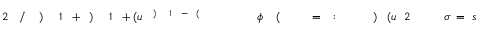
s \! \! \! \! \! \! \! \! \! \! \! \! = \! \! \! \! \! \! \! \! \! \! \! \! \sigma \! \! \! \! \! \! \! \! \! \! \! \! _ { \! } \! \! \! \! \! \! \! \! \! \! \! 2 \! \! \! \! \! \! \! \! \! \! \! \! ( u \! \! \! \! \! \! \! \! \! \! \! \! ) \! \! \! \! \! \! \! \! \! \! \! \! \! \! \! \! \! \! \! \! \! \! \! \! : \! \! \! \! \! \! \! \! \! \! \! \! = \! \! \! \! \! \! \! \! \! \! \! \! \! \! \! \! \! \! \! \! \! \! \! \! ( \! \! \! \! \! \! \! \! \! \! \! \! \phi \! \! \! \! \! \! \! \! \! \! \! \! \! \! \! \! \! \! \! \! \! \! \! \! ^ { \! \! \! \! \! \! \! \! \! \! \! \! ( \! \! \! \! \! \! \! \! \! \! \! \! - \! \! \! \! \! \! \! \! \! \! \! \! 1 \! \! \! \! \! \! \! \! \! \! \! \! ) } \! \! \! \! \! \! \! \! \! \! \! \! ( u \! \! \! \! \! \! \! \! \! \! \! \! + \! \! \! \! \! \! \! \! \! \! \! \! 1 \! \! \! \! \! \! \! \! \! \! \! \! ) \! \! \! \! \! \! \! \! \! \! \! \! + \! \! \! \! \! \! \! \! \! \! \! \! 1 \! \! \! \! \! \! \! \! \! \! \! \! ) \! \! \! \! \! \! \! \! \! \! \! \! / \! \! \! \! \! \! \! \! \! \! \! \! 2 \! \! \! \! \! \! \! \! \! \! \!